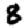
Digit: 8